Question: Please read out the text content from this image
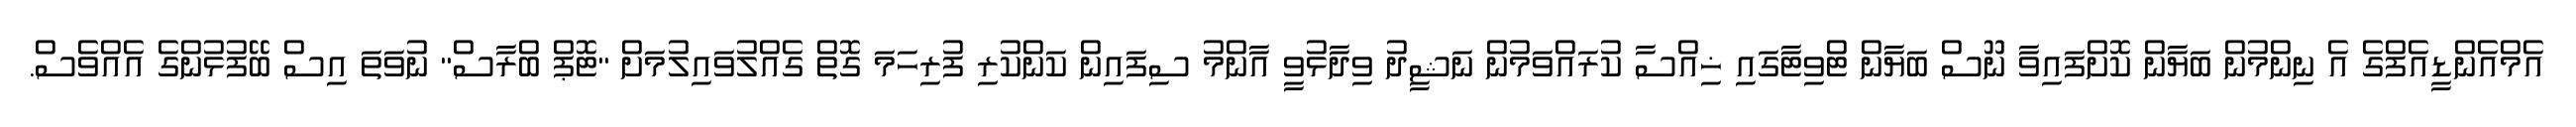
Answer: އެމްއެންޑީއެފްގެ އެ ނިންމުން ބަޔާން ކޮށްފައިވާ ނޫސް ބަޔާން ޓްވިޓާގައި ޚިއްސާ ކުރައްވަމުން ނަޝީދު ވިދާޅުވީ އާންމު ސިފައިން ކަންކުރި ފުރިހަމަ ގޮތް ގެއްލުވައިލުމަށް "ޓޮޕް ބްރާސް" ނުވަތަ އިސް ބޭފުޅުންގެ އެއްވެސް.